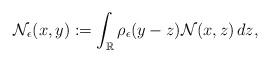
LaTeX: \begin{align*}\mathcal{N}_{\epsilon}(x,y):=\int_{\mathbb{R}} \rho_{\epsilon} (y-z)\mathcal{N}(x,z)\,dz,\end{align*}